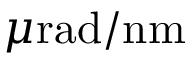
\mu \mathrm { r a d } / \mathrm { n m }